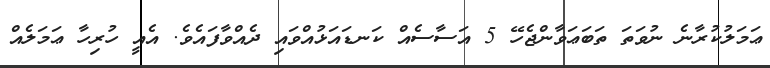
ޢަމަލުކުރާނެ ނުވަތަ ތަބަޢަވާންޖެހޭ 5 އަސާސެއް ކަނޑައަޅުއްވައި ދެއްވާފައެވެ. އެއީ ހުރިހާ ޢަމަލެއް